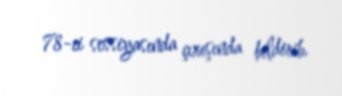
78-ci sessiyasında çıxışında bildirib.